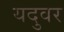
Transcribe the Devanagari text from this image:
यदुवर